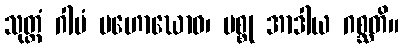
သုတ္တံ ဂါမံ မဟောဃောဝ၊ မစ္စု အာဒါယ ဂစ္ဆတိ။